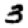
Digit: 3